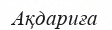
Ақдариға